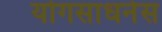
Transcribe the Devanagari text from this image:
योगसाधनेस